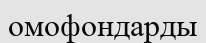
омофондарды